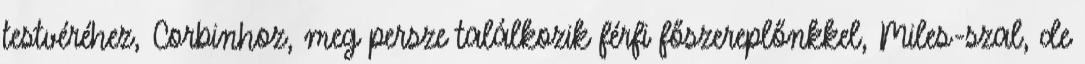
testvéréhez, Corbinhoz, meg persze találkozik férfi főszereplőnkkel, Miles-szal, de